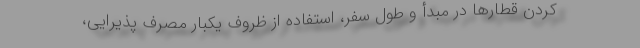
کردن قطارها در مبدأ و طول سفر، استفاده از ظروف یکبار مصرف پذیرایی،